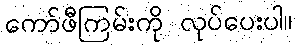
ကော်ဖီကြမ်းကို လုပ်ပေးပါ။